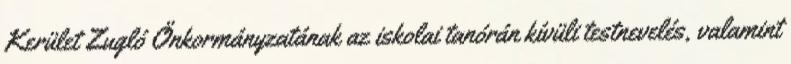
Kerület Zugló Önkormányzatának az iskolai tanórán kívüli testnevelés, valamint